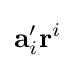
\mathbf {a} '_{i}\mathbf {r} ^{i}